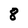
Character: 8